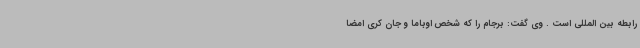
رابطه بین المللی است . وی گفت: برجام را که شخص اوباما و جان کری امضا